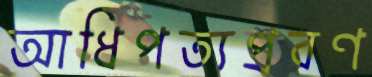
আধিপত্যপ্রবণ